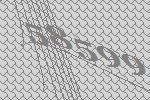
58599